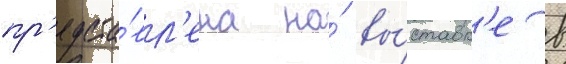
пр'едста́вл'ена на́ вы́ставк'е в